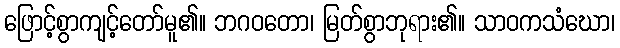
ဖြောင့်စွာကျင့်တော်မူ၏။ ဘဂဝတော၊ မြတ်စွာဘုရား၏။ သာဝကသံဃော၊